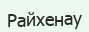
Райхенау